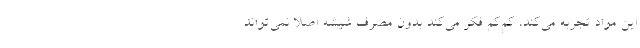
این مواد تجربه می‌کند، کم‌کم فکر می‌کند بدون مصرف شیشه اصلا نمی‌تواند